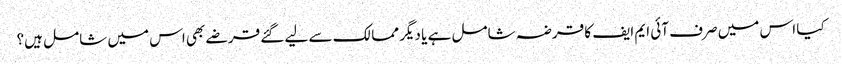
کیا اس میں صرف آئی ایم ایف کا قرضہ شامل ہے یا دیگر ممالک سے لیے گئے قرضے بھی اس میں شامل ہیں؟